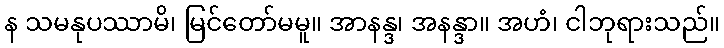
န သမနုပဿာမိ၊ မြင်တော်မမူ။ အာနန္ဒ၊ အနန္ဒာ။ အဟံ၊ ငါဘုရားသည်။